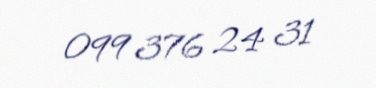
099 376 24 31